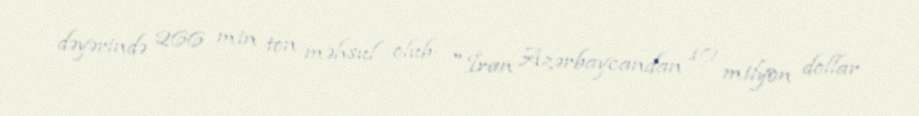
dəyərində 266 min ton məhsul olub: "İran Azərbaycandan 10 milyon dollar